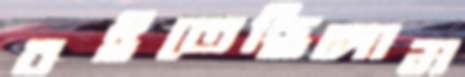
বইতেছিলাম